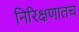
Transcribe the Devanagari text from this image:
निरिक्षणातच